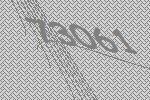
73061